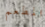
المطعم